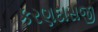
કરણદાસજી